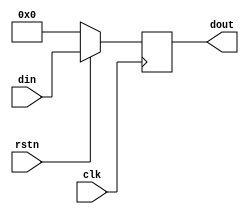
`timescale 1ns / 1ps
//////////////////////////////////////////////////////////////////////////////////
// Company: 
// Engineer: 
// 
// Design Name: 
// Module Name: dly
// Project Name: 
// Target Devices: 
// Tool Versions: 
// Description: 
// 
// Dependencies: 
// 
// Revision:
// Revision 0.01 - File Created
// Additional Comments:
// 
//////////////////////////////////////////////////////////////////////////////////


module dly # (
    parameter integer DATA_WIDTH = 18,
    parameter integer CYC_DLY = 1
)
(
    input wire clk,
    input wire rstn,
    input wire [DATA_WIDTH-1:0] din,
    output wire [DATA_WIDTH-1:0] dout
    );

    reg [DATA_WIDTH-1:0] dlys [CYC_DLY-1:0];

    always @ (posedge clk)
    begin
        if(1'b0 == rstn)
        begin
            dlys[0][DATA_WIDTH-1:0] <= {DATA_WIDTH{1'b0}};
        end
        else
        begin
            dlys[0][DATA_WIDTH-1:0] <= din[DATA_WIDTH-1:0];
        end
    end
    genvar i;
    generate
    for(i = 1; i < CYC_DLY; i = i + 1)
    begin
        always @ (posedge clk)
        begin
            if(1'b0 == rstn)
            begin
                dlys[i][DATA_WIDTH-1:0] <= {DATA_WIDTH{1'b0}};
            end
            else
            begin
                dlys[i][DATA_WIDTH-1:0] <= dlys[i-1][DATA_WIDTH-1:0];
            end
        end
    end
    endgenerate
    assign dout = dlys[CYC_DLY-1][DATA_WIDTH-1:0];

endmodule